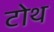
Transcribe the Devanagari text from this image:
टोथ